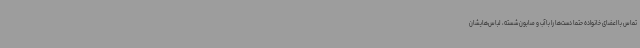
تماس با اعضای خانواده حتماً دست‌ها را با آب و صابون شسته، لباس‌هایشان